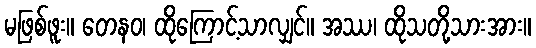
မဖြစ်ဖူး။ တေနဝ၊ ထိုကြောင့်သာလျှင်။ အဿ၊ ထိုသတို့သားအား။